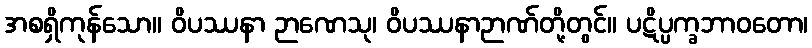
အစရှိကုန်သော။ ဝိပဿနာ ဉာဏေသု၊ ဝိပဿနာဉာဏ်တို့တွင်။ ပဋိပ္ပက္ခဘာဝတော၊